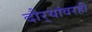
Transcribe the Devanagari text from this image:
दौर्‍यांवरही